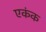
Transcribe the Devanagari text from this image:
एकंक